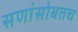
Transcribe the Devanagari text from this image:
सणांसोबतच